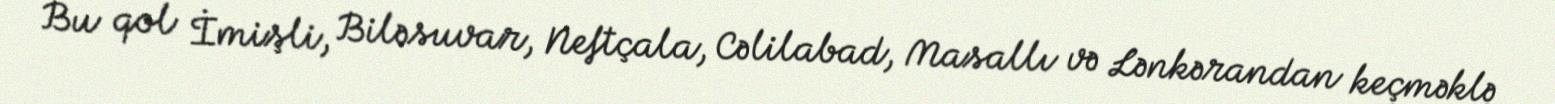
Bu qol İmişli, Biləsuvar, Neftçala, Cəlilabad, Masallı və Lənkərandan keçməklə